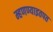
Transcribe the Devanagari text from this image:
म्हणण्याइतपत